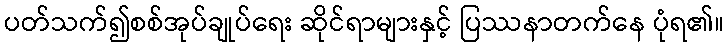
ပတ်သက်၍စစ်အုပ်ချုပ်ရေး ဆိုင်ရာများနှင့် ပြဿနာတက်နေ ပုံရ၏။